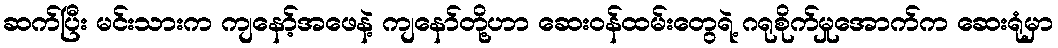
ဆက်ပြီး မင်းသားက ကျနော့်အဖေနဲ့ ကျနော်တို့ဟာ ဆေးဝန်ထမ်းတွေရဲ့ ဂရုစိုက်မှုအောက်က ဆေးရုံမှာ